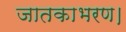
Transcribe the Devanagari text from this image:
जातकाभरण।